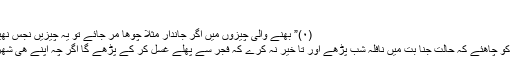
،،
(۰)” بھنے والی چیزوں میں اگر جاندار مثلا چوھا مر جائے تو یہ چیزیں نجس نھیں ھو تیں“
(۰)” جنب کو چاھئے کہ حالت جنا بت میں نافلہ شب پڑھے اور تا خیر نہ کرے کہ فجر سے پھلے غسل کر کے پڑھے گا اگر چہ اپنے ھی شھر میں ھو ۔